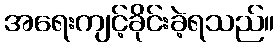
အရေးကျင့်ခိုင်းခဲ့ရသည်။